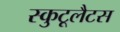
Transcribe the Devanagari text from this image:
स्कुटूलैटस